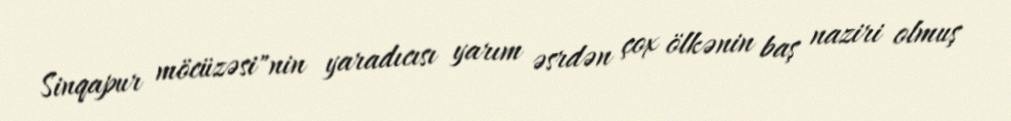
Sinqapur möcüzəsi"nin yaradıcısı yarım əsrdən çox ölkənin baş naziri olmuş